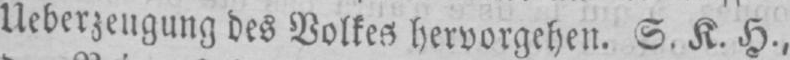
des Volkes hervorgehen. S. K. H.,